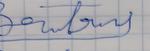
Signature authenticity: forged